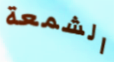
الشمعة